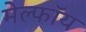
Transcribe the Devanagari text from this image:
मेल्फॉय